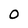
Character: 0